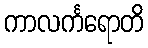
ကာလင်္ကရောတိ